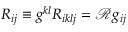
R _ { i j } \equiv g ^ { k l } R _ { i k l j } = \mathcal { R } g _ { i j }